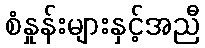
စံနှုန်းများနှင့်အညီ